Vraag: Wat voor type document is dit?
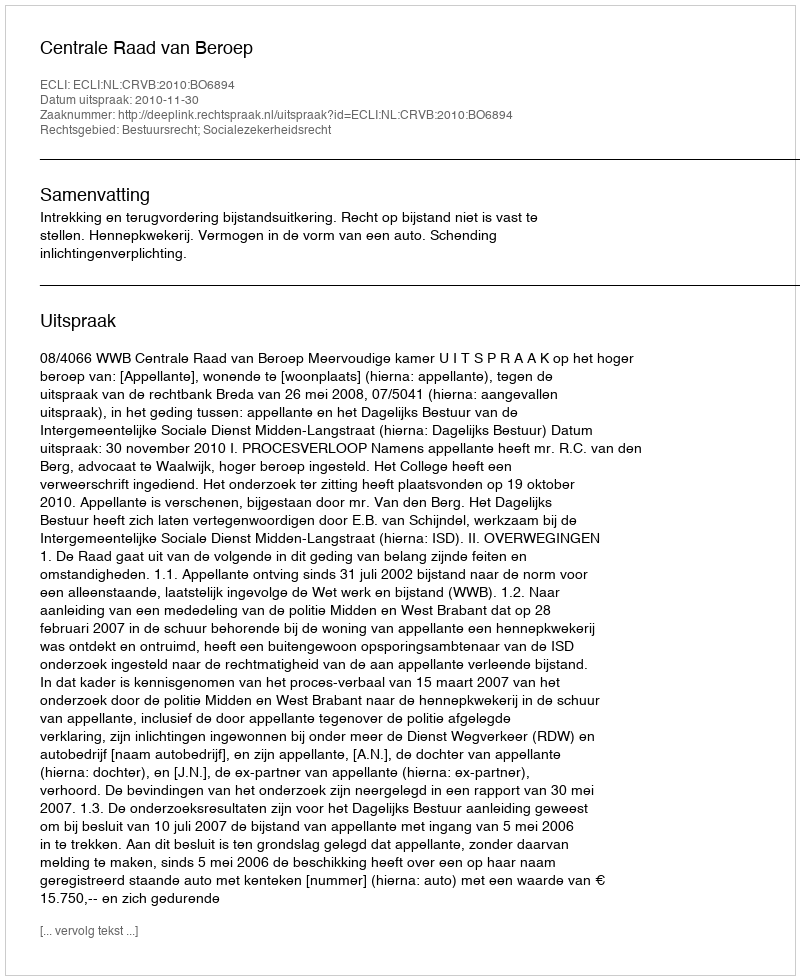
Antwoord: Uitspraak